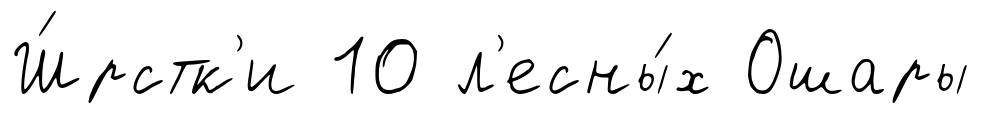
Ш́рстк'и 10 л'есны́х Ошары